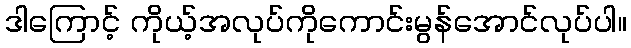
ဒါကြောင့် ကိုယ့်အလုပ်ကိုကောင်းမွန်အောင်လုပ်ပါ။